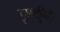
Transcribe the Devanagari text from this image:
इम्म्युनिटी